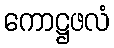
ကောဋ္ဌဖလံ